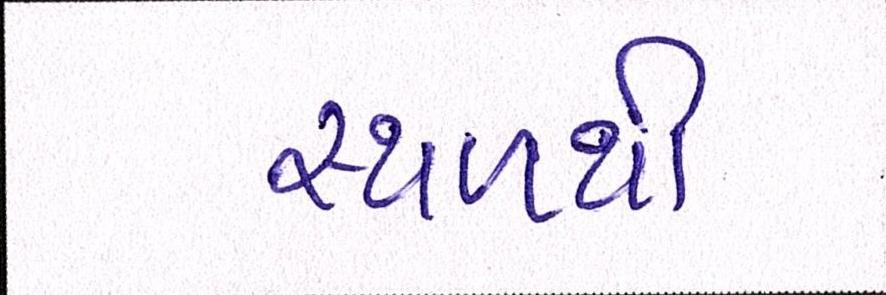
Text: સ્થળથી